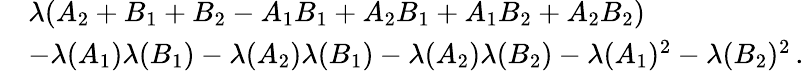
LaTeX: \begin{array}{rl}&{\lambda(A_{2}+B_{1}+B_{2}-A_{1}B_{1}+A_{2}B_{1}+A_{1}B_{2}+A_{2}B_{2})}\\ &{-\lambda(A_{1})\lambda(B_{1})-\lambda(A_{2})\lambda(B_{1})-\lambda(A_{2})\lambda(B_{2})-\lambda(A_{1})^{2}-\lambda(B_{2})^{2}\, .}\end{array}